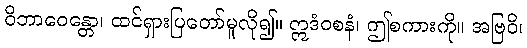
ဝိဘာဝေန္တော၊ ထင်ရှားပြတော်မူလို၍။ ဣဒံဝစနံ၊ ဤစကားကို။ အဗြဝိ၊